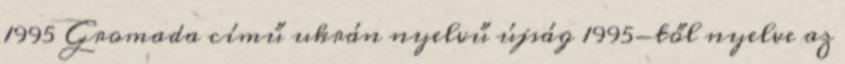
1995 Gromada című ukrán nyelvű újság 1995-től nyelve az